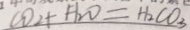
C O _ { 2 } + H _ { 2 } O = H _ { 2 } C O _ { 3 }